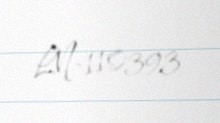
LN-110393